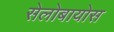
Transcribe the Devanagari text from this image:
सेलोबायोस